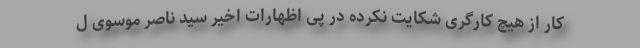
کار از هیچ کارگری شکایت نکرده در پی اظهارات اخیر سید ناصر موسوی ل